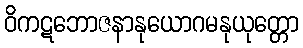
ဝိကဋဘောဇနာနုယောဂမနုယုတ္တော